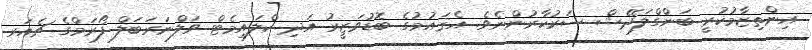
އިންތިޒާމުކުރީ ބަންގްލަދޭޝް ސަރުކާރުންނެވެ. އެޤައުމުގެ ބޮޑުވަޒީރު އަދި ކްލައިމެޓް ވަލްނަރަބަލް ފޯރަމްގެ ޗެއަރ